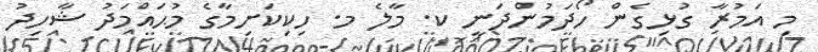
މި އަމުރާ ގުޅިގެން ހޯދަމުންދަނީ ކ. މާލެ މ. ހިކިކަށިމާގެ މުޙައްމަދު ޝާހިދު